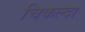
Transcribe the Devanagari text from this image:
चिकल्दा